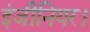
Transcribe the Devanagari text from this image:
इंजीनियर।